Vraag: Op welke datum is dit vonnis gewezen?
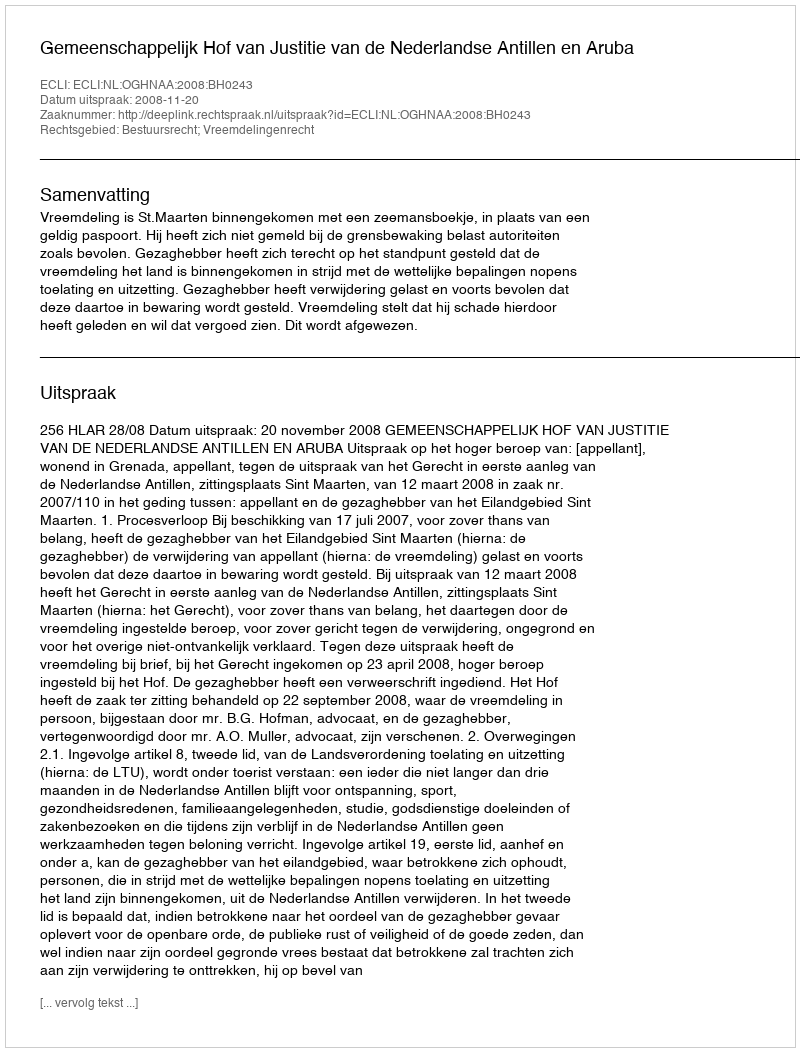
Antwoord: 2008-11-20